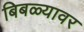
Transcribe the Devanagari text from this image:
बिबळ्यावर